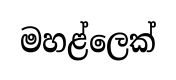
මහළ්ලෙක්